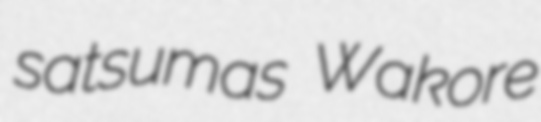
satsumas Wakore